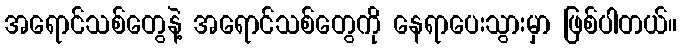
အရောင်သစ်တွေနဲ့ အရောင်သစ်တွေကို နေရာပေးသွားမှာ ဖြစ်ပါတယ်။